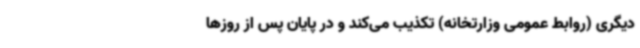
دیگری (روابط عمومی وزارتخانه) تکذیب می‌کند و در پایان پس از روزها